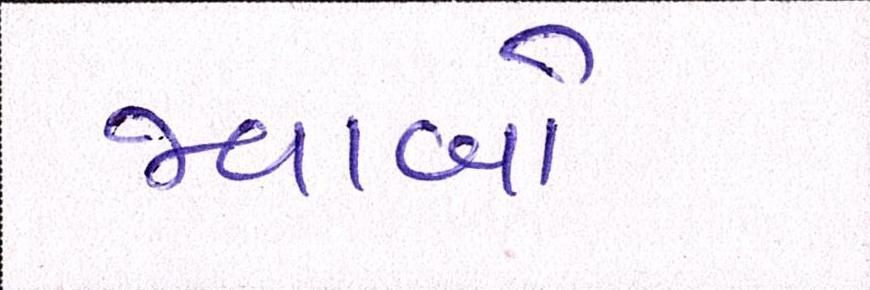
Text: જવાબો